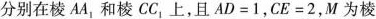
分别在棱AA_{1}和棱CC_{1}上，且$$A D = 1$$，$$C E = 2$$，M为棱